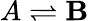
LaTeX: A\rightleftharpoons\mathbf{B}